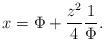
LaTeX: \begin{align*}x=\Phi+\frac{z^{2}}{4}\frac{1}{\Phi}. \end{align*}